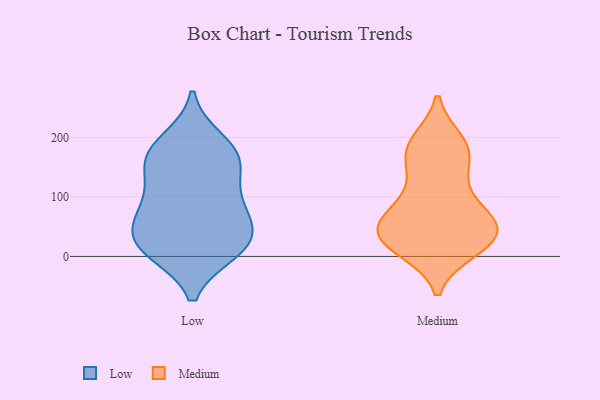
{"axis": {"x": "Operating Costs (USD K)", "y": "Value"}, "legend": ["Low", "Medium"], "data": [{"x": "", "y": 12, "type": "Low"}, {"x": "", "y": 18, "type": "Low"}, {"x": "", "y": 88, "type": "Low"}, {"x": "", "y": 158, "type": "Low"}, {"x": "", "y": 21, "type": "Low"}, {"x": "", "y": 10, "type": "Low"}, {"x": "", "y": 153, "type": "Low"}, {"x": "", "y": 77, "type": "Low"}, {"x": "", "y": 193, "type": "Low"}, {"x": "", "y": 101, "type": "Low"}, {"x": "", "y": 177, "type": "Low"}, {"x": "", "y": 55, "type": "Low"}, {"x": "", "y": 40, "type": "Low"}, {"x": "", "y": 163, "type": "Low"}, {"x": "", "y": 71, "type": "Medium"}, {"x": "", "y": 43, "type": "Medium"}, {"x": "", "y": 185, "type": "Medium"}, {"x": "", "y": 158, "type": "Medium"}, {"x": "", "y": 193, "type": "Medium"}, {"x": "", "y": 49, "type": "Medium"}, {"x": "", "y": 47, "type": "Medium"}, {"x": "", "y": 17, "type": "Medium"}, {"x": "", "y": 146, "type": "Medium"}, {"x": "", "y": 115, "type": "Medium"}, {"x": "", "y": 17, "type": "Medium"}, {"x": "", "y": 60, "type": "Medium"}, {"x": "", "y": 41, "type": "Medium"}, {"x": "", "y": 92, "type": "Medium"}, {"x": "", "y": 16, "type": "Medium"}, {"x": "", "y": 175, "type": "Medium"}, {"x": "", "y": 11, "type": "Medium"}, {"x": "", "y": 36, "type": "Medium"}, {"x": "", "y": 69, "type": "Medium"}, {"x": "", "y": 193, "type": "Medium"}]}